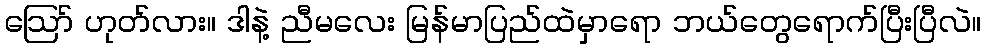
ဪ ဟုတ်လား။ ဒါနဲ့ ညီမလေး မြန်မာပြည်ထဲမှာရော ဘယ်တွေရောက်ပြီးပြီလဲ။